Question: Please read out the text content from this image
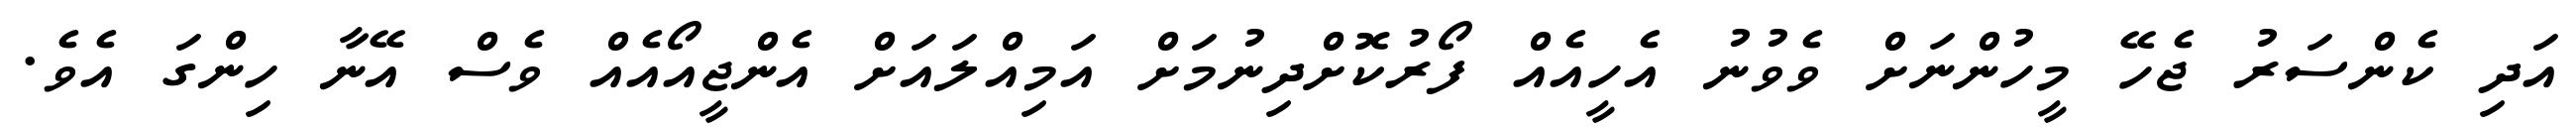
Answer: އަދި ކެންސަރު ޖެހޭ މީހުންނަށް ވެވުނު އެހީއެއް ފޯރުކޮށްދިނުމަށް އަމިއްލައަށް އެންޖީއޯއެއް ވެސް އޭނާ ހިންގަ އެވެ.